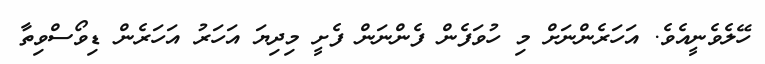
ހޭލެވެނީއެވެ. އަހަރެންނަށް މި ހުވަފެން ފެންނަން ފެށީ މިދިޔަ އަހަރު އަހަރެން ޑިވޯސްވިތާ